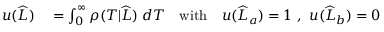
\begin{array} { r l } { u ( \widehat { L } ) } & { { } = \int _ { 0 } ^ { \infty } \rho ( T | \widehat { L } ) \; d T \quad \mathrm { w i t h } \quad u ( \widehat { L } _ { a } ) = 1 \ , \ u ( \widehat { L } _ { b } ) = 0 } \end{array}